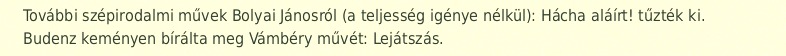
További szépirodalmi művek Bolyai Jánosról (a teljesség igénye nélkül): Hácha aláírt! tűzték ki. Budenz keményen bírálta meg Vámbéry művét: Lejátszás.